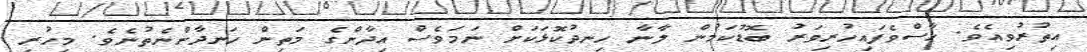
އިތުރުވިއެވެ. ހާސްވެފައިހުރިވަރު ބޮޑުކަމުން ލާނާ ހިނދުކޮޅަކަށް ނަމަވެސް އިދާންގެ މަތިން ހަނދާންނެތުނެވެ. މިހުރި